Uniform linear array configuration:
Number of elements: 64
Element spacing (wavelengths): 0.5
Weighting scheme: hamming
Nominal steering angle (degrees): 15
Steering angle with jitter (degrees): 15.286
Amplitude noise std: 0.05
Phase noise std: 0.05

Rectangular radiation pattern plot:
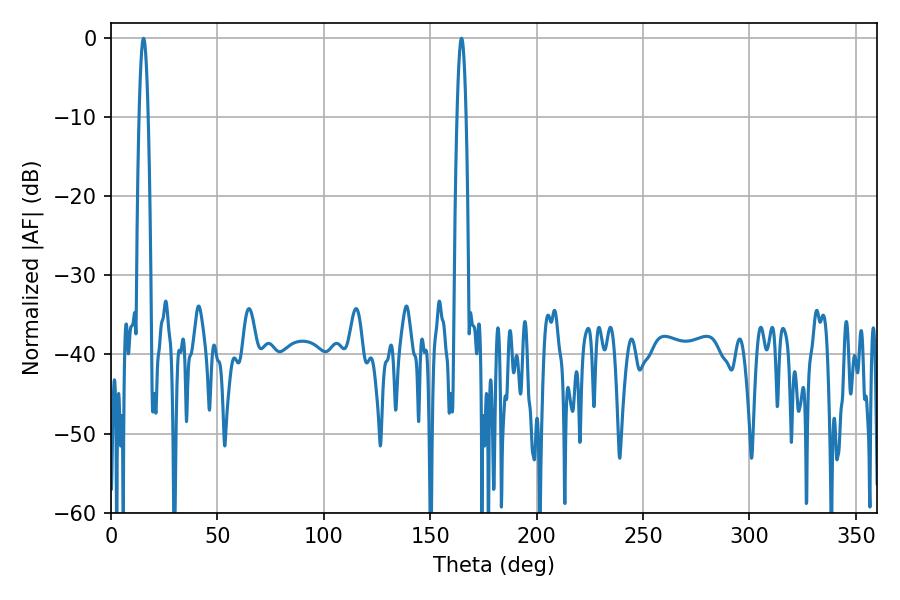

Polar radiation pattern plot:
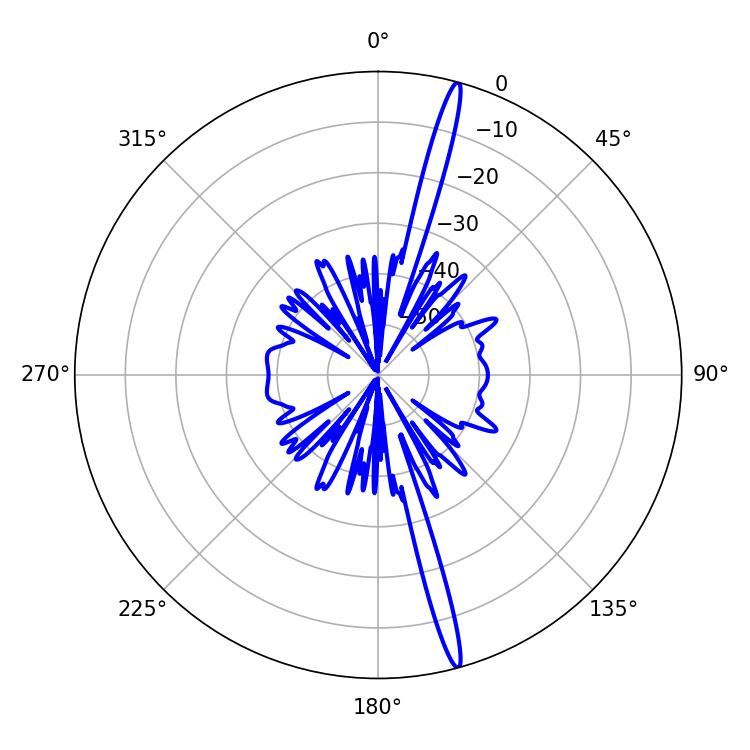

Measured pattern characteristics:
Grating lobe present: FALSE
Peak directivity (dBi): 19.276
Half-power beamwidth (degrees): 2.16
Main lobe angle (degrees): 164.7